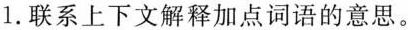
1.联系上下文解释加点词语的意思。